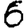
Digit: 6